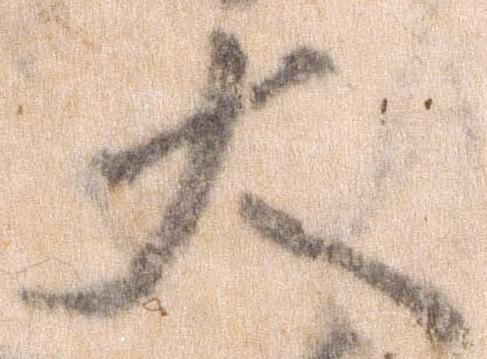
大